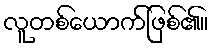
လူတစ်ယောက်ဖြစ်၏။